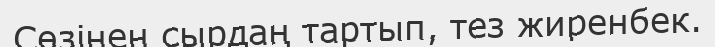
Сөзінен сырдаң тартып, тез жиренбек.